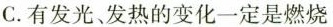
C.有发光发热的变化一定是燃烧